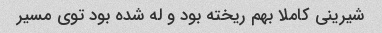
شیرینی کاملا بهم ریخته بود و له شده بود توی مسیر